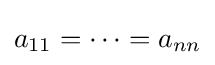
a_{11}=\dots =a_{nn}